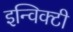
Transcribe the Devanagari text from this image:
इन्विक्टी